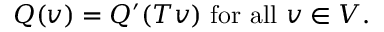
Q ( v ) = Q ^ { \prime } ( T v ) { \mathrm { ~ f o r ~ a l l ~ } } v \in V .